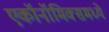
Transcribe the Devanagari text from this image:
एकॉनॉमिक्समध्ये